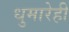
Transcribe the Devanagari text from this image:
धुमारेही